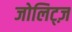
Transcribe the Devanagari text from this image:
जोलिट्ज़